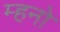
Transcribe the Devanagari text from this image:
म्हनो